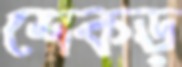
শেকড়